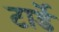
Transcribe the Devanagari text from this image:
टार्डे